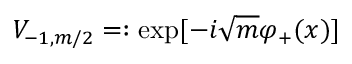
V _ { - 1 , m / 2 } = : \exp [ - i \sqrt { m } \varphi _ { + } ( x ) ]